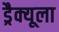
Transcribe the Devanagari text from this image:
ड्रैक्यूला